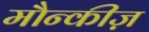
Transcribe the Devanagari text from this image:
मौन्कीज़